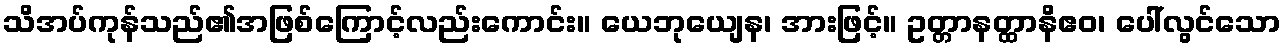
သိအပ်ကုန်သည်၏အဖြစ်ကြောင့်လည်းကောင်း။ ယေဘုယျေန၊ အားဖြင့်။ ဥတ္တာနတ္ထာနိဧဝ၊ ပေါ်လွင်သော